Annual administration report of the Civil Veterinary Department of India - 1909-1910
Year: 1909
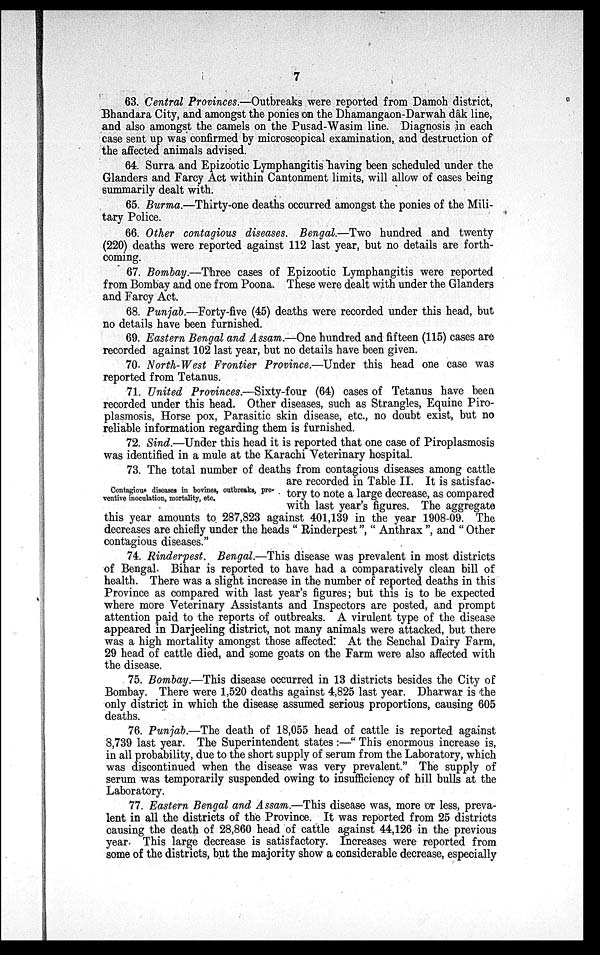
7
63. Central Provinces.—Outbreaks were reported from Damoh district,
Bhandara City, and amongst the ponies on the Dhamangaon-Darwah dâk line,
and also amongst the camels on the Pusad-Wasim line. Diagnosis in each
case sent up was confirmed by microscopical examination, and destruction of
the affected animals advised.
64. Surra and Epizootic Lymphangitis having been scheduled under the
Glanders and Farcy Act within Cantonment limits, will allow of cases being
summarily dealt with.
65. Burma.—Thirty-one deaths occurred amongst the ponies of the Mili-
tary Police.
66. Other contagious diseases. Bengal.—Two hundred and twenty
(220) deaths were reported against 112 last year, but no details are forth-
coming.
67. Bombay.—Three cases of Epizootic Lymphangitis were reported
from Bombay and one from Poona. These were dealt with under the Glanders
and Farcy Act.
68. Punjab.—Forty-five (45) deaths were recorded under this head, but
no details have been furnished.
69. Eastern Bengal and Assam.—One hundred and fifteen (115) cases are
recorded against 102 last year, but no details have been given.
70. North-West Frontier Province.—Under this head one case was
reported from Tetanus.
71. United Provinces.—Sixty-four (64) cases of Tetanus have been
recorded under this head. Other diseases, such as Strangles, Equine Piro-
plasmosis, Horse pox, Parasitic skin disease, etc., no doubt exist, but no
reliable information regarding them is furnished.
72. Sind.—Under this head it is reported that one case of Piroplasmosis
was identified in a mule at the Karachi Veterinary
hospital.
Contagious diseases in bovines, outbreaks, pre¬
ventive inoculation, mortality, etc.
73. The total number of deaths from contagious diseases among cattle
are recorded in Table II. It is satisfac-
tory to note a large decrease, as compared
with last year's figures. The aggregate
this year amounts to 287,823 against 401,139 in the year 1908-09. The
decreases are chiefly under the heads "Rinderpest", "Anthrax", and "Other
contagious diseases."
74. Rinderpest. Bengal.—This disease was prevalent in most districts
of Bengal. Bihar is reported to have had a comparatively clean bill of
health. There was a slight increase in the number of reported deaths in this
Province as compared with last year's figures; but this is to be expected
where more Veterinary Assistants and Inspectors are posted, and prompt
attention paid to the reports of outbreaks. A virulent type of the disease
appeared in Darjeeling district, not many animals were attacked, but there
was a high mortality amongst those affected. At the Senchal Dairy Farm,
29 head of cattle died, and some goats on the Farm were also affected with
the disease.
75. Bombay.—This disease occurred in 13 districts besides the City of
Bombay. There were 1,520 deaths against 4,825 last year. Dharwar is the
only district in which the disease assumed serious proportions, causing 605
deaths.
76. Punjab.—The death of 18,055 head of cattle is reported against
8,739 last year. The Superintendent states:—"This enormous increase is,
in all probability, due to the short supply of serum from the Laboratory, which
was discontinued when the disease was very prevalent." The supply of
serum was temporarily suspended owing to insufficiency of hill bulls at the
Laboratory.
77. Eastern Bengal and Assam.—This disease was, more or less, preva-
lent in all the districts of the Province. It was reported from 25 districts
causing the death of 28,860 head of cattle against 44,126 in the previous
year. This large decrease is satisfactory. Increases were reported from
some of the districts, but the majority show a considerable decrease, especially